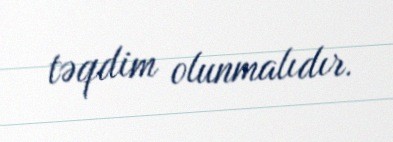
təqdim olunmalıdır.